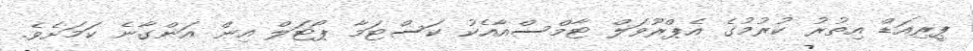
ޕީރިއަޑް އިތުރު ކުރުމުގެ އެޕްރޫވަލް ޓާމްސްއާއެކު ކަސްޓަމާ ޕޯޓަލް އިން އަންގާނެ ކަމަށެވެ.